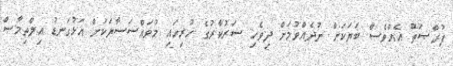
ފުރްޞަތު އެއްވެސް ބަޔަކަށް ނުދެއްވުމަށް ދިވެހި ސަރުކާރުގެ ހުރިހައި މުވައްސަސާޔަކަށް އަޅުގަނޑު އިލްތިމާސް